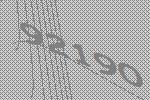
92190